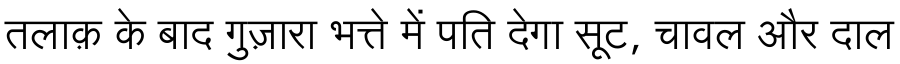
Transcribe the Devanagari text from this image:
तलाक़ के बाद गुज़ारा भत्ते में पति देगा सूट, चावल और दाल